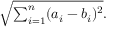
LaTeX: { \sqrt { \textstyle \sum _ { i = 1 } ^ { n } ( a _ { i } - b _ { i } ) ^ { 2 } } } .